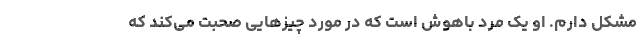
مشکل دارم. او یک مرد باهوش است که در مورد چیز‌هایی صحبت می‌کند که